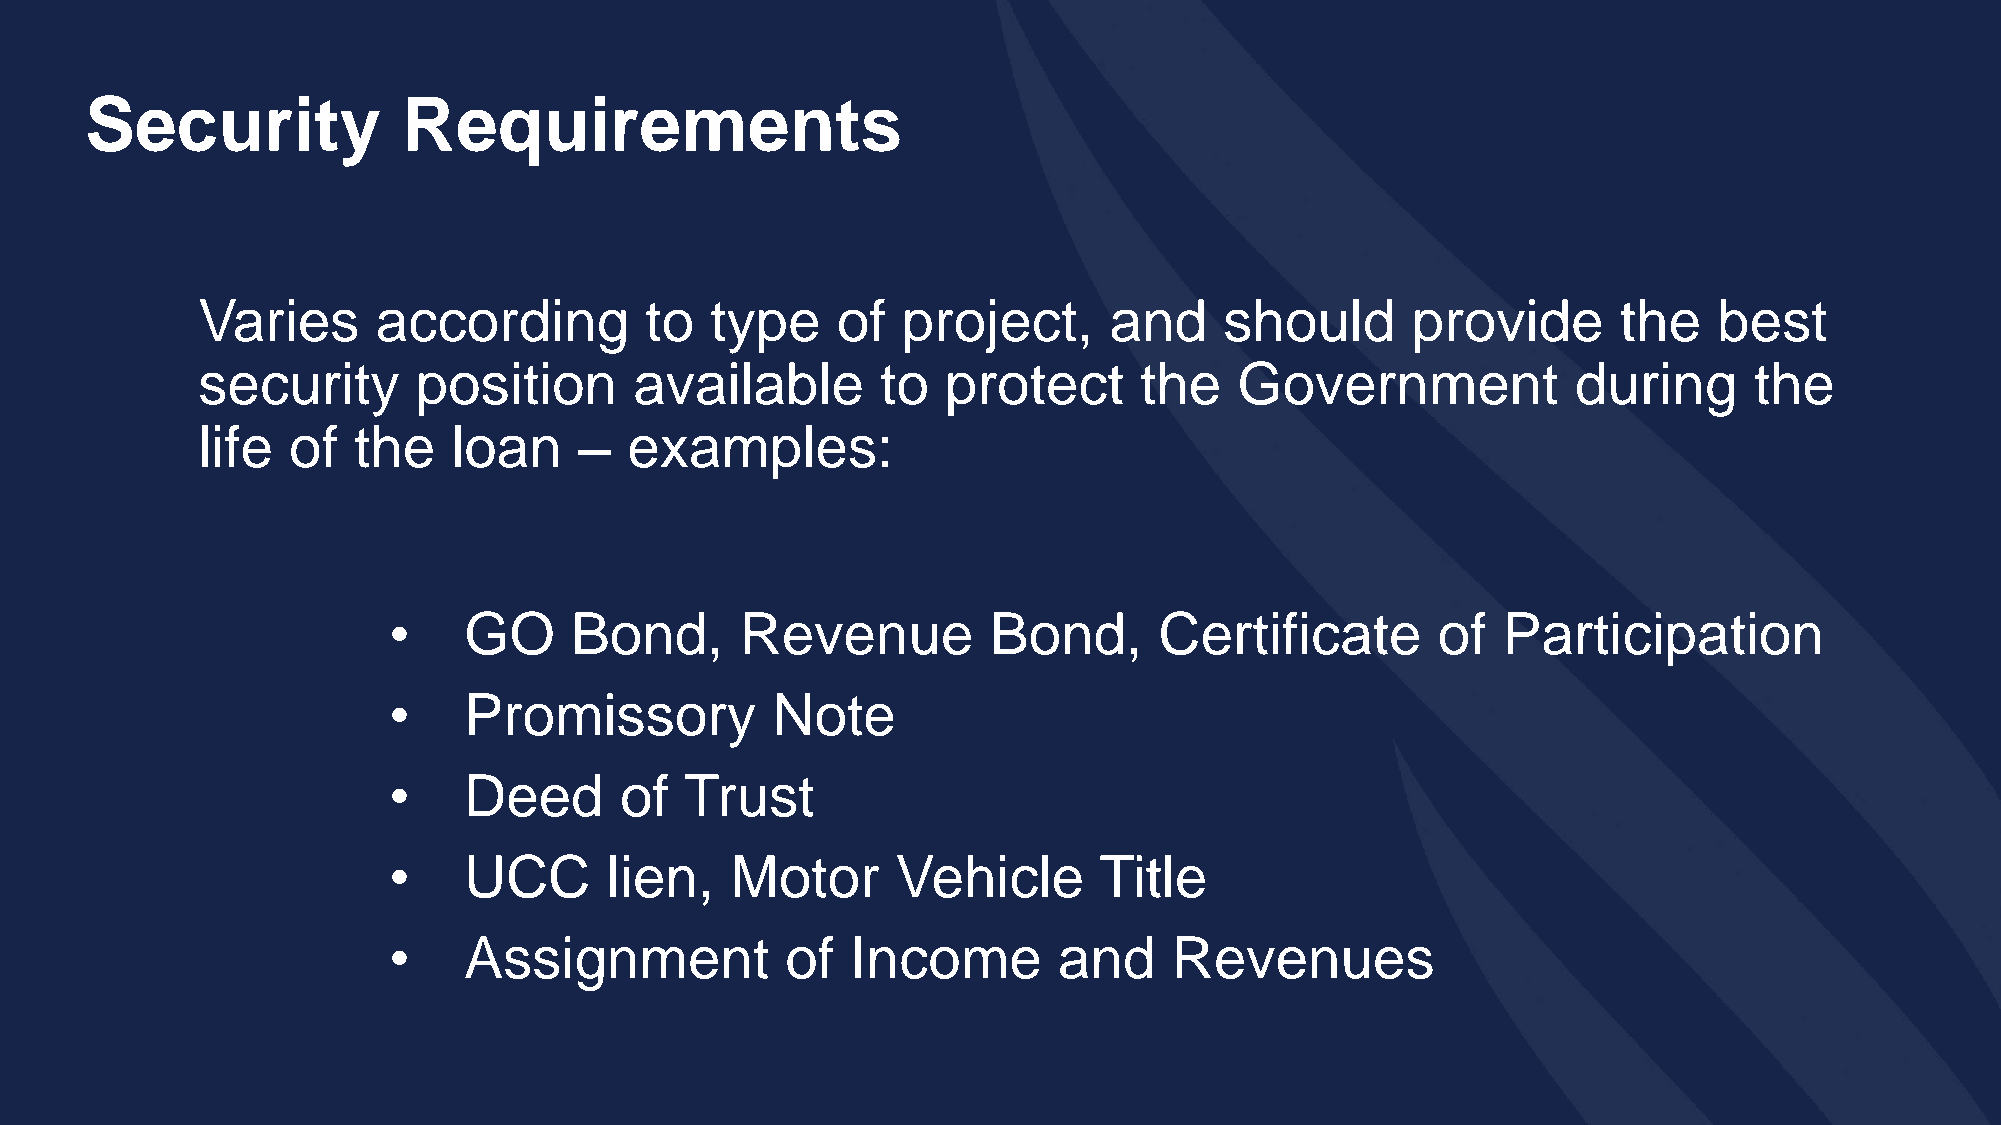
Security             Requirements
 Varies      according         to  type    of   project,     and     should      provide       the    best
 security       position      available       to   protect     the    Government            during      the
 life  of  the    loan    –   examples:
 •    GO     Bond,      Revenue          Bond,      Certificate       of  Participation
 •    Promissory          Note
 •    Deed      of  Trust
 •    UCC      lien,   Motor      Vehicle       Title
 •    Assignment           of  Income        and     Revenues